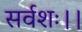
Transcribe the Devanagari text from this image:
सर्वशः।।